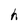
Character: h